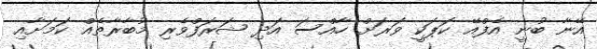
އޭނާ ބުނީ އެފްއޭ ކަޕަކީ ވަރަށް ހާއްސަ އަދި ޝަރަފްވެރި މުބާރާތެއް ކަމަށާއި